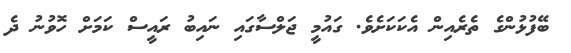
ބޭފުޅުންގެ ތެރެއިން އެކަކަށެވެ. ގައުމީ ޖަލްސާގައި ނައިބު ރައީސް ކަމަށް ހޮވުނު ދެ